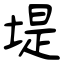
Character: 堤